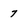
Character: 7